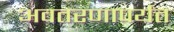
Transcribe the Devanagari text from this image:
अवतरणापर्यंत